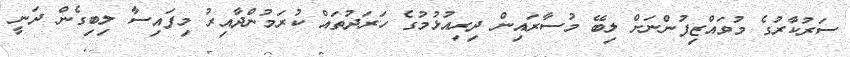
ސަރުކާރުގެ މުވައްޒިފުންނަށް ލިބޭ މުސާރައިން ދިރިއުޅުމުގެ ހަރަދުތައް ކުރަމުންދާއިރު މިފައިސާ ލިބިގެން ދަނީ